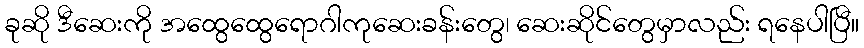
ခုဆို ဒီဆေးကို အထွေထွေရောဂါကုဆေးခန်းတွေ၊ ဆေးဆိုင်တွေမှာလည်း ရနေပါပြီ။